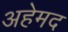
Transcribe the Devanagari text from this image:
अहेमद